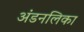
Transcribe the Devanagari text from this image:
अंडनलिका